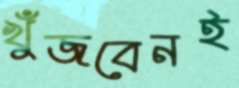
খুঁজবেনই